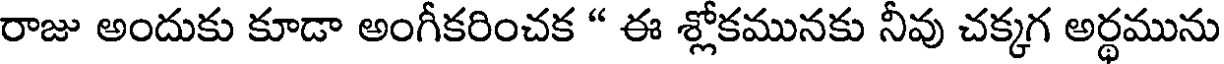
రాజు అందుకు కూడా అంగీకరించక " ఈ శ్లోకమునకు నీవు చక్కగ అర్థమును